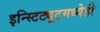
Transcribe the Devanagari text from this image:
इन्स्टिट्यूटमध्येही